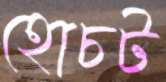
হোচট